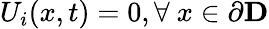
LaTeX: U_{i}(x,t)=0,\forall~x\in\partial\mathbf{D}